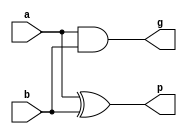
`timescale 1ns / 1ps
//////////////////////////////////////////////////////////////////////////////////
// Company: 
// Engineer: 
// 
// Design Name: 
// Module Name:    GP 
// Project Name: 
// Target Devices: 
// Tool versions: 
// Description: 
//
// Dependencies: 
//
// Revision: 
// Revision 0.01 - File Created
// Additional Comments: 
//
//////////////////////////////////////////////////////////////////////////////////
module GP(a,b,g,p);

	input a,b;
	output g,p;
	
	and(g,a,b);
	xor(p,a,b);


endmodule